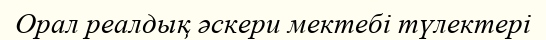
Орал реалдық әскери мектебі түлектері